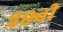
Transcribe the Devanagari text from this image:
२९वी